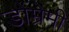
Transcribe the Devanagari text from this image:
डोम्रेमी